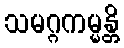
သမဂ္ဂကမ္မန္တိ